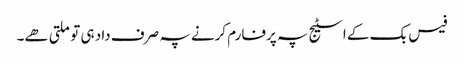
فیس بک کے اسٹیج پہ پرفارم کرنے پہ صرف داد ہی تو ملتی ھے۔